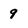
Character: 9